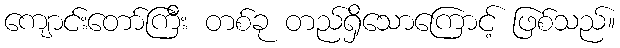
ကျောင်းတော်ကြီး တစ်ခု တည်ရှိသောကြောင့် ဖြစ်သည်။